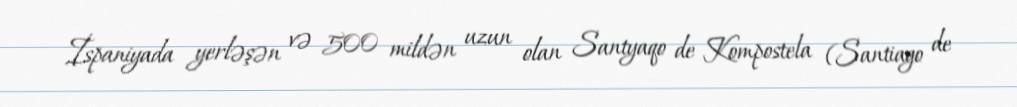
İspaniyada yerləşən və 500 mildən uzun olan Santyaqo de Kompostela (Santiago de